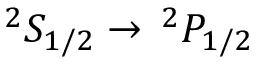
^ 2 S _ { 1 / 2 } \rightarrow \, ^ { 2 } P _ { 1 / 2 }